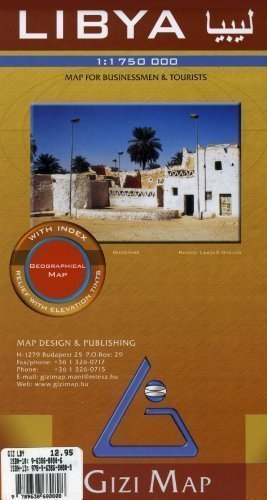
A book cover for Libya geogr. (r): Map for Businessmen & Tourists by Gizimap published by Gizimap (2005); Travel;